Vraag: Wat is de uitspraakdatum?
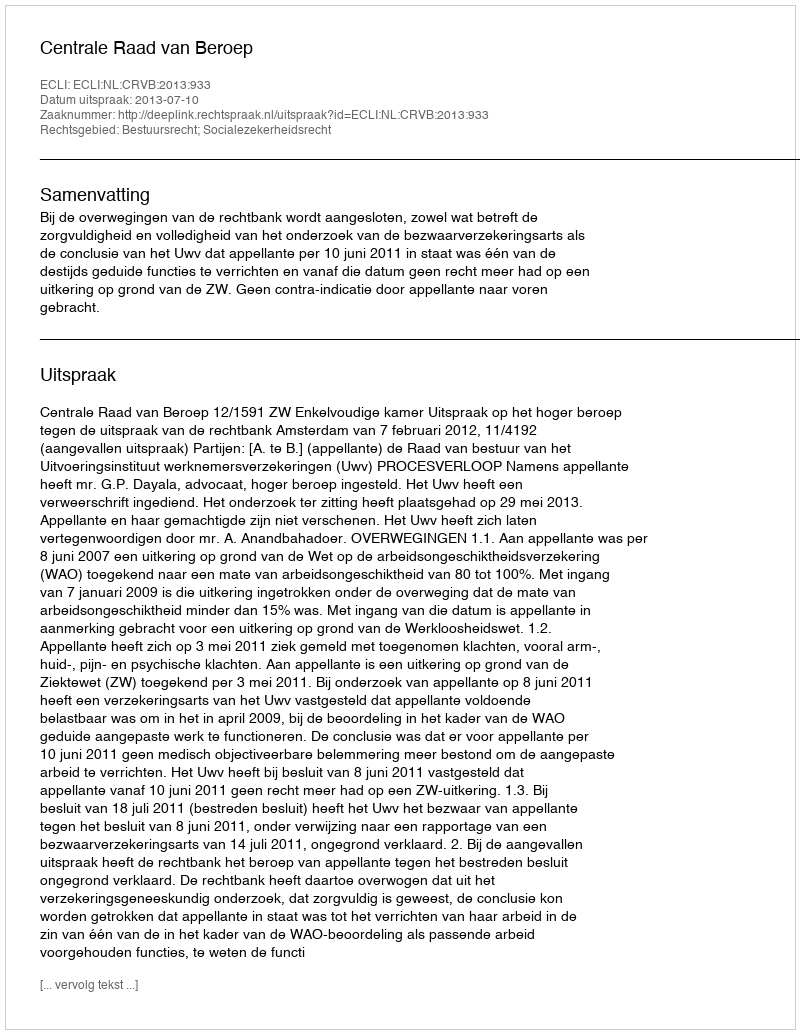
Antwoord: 2013-07-10